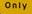
only